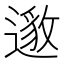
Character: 𮟅